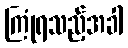
ကြုံရသည့်အခါ